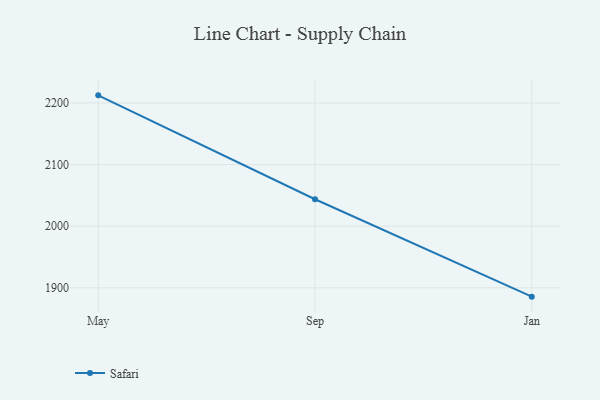
{"axis": {"x": "Month", "y": "Demand Index"}, "legend": ["Safari"], "data": [{"x": "May", "y": 2212.3, "type": "Safari"}, {"x": "Sep", "y": 2043.7, "type": "Safari"}, {"x": "Jan", "y": 1885.6, "type": "Safari"}]}